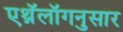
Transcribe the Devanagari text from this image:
एथ्नॅलॉगनुसार